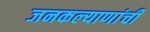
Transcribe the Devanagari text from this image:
जनकल्याणांची